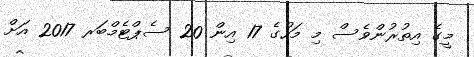
މީގެ އިތުރުންވެސް މި މަހުގެ 17 އިން 20 ސެޕްޓެމްބަރ 2017 އަށް